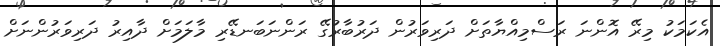
އެކަަމަކު މިރޭ އޮންނަ ރަސްމިއްޔާތަށް ދަރިވަރުން ދަރުބާރުގޭ ރަންނަބަނޑޭރި މާލަމަށް ދާއިރު ދަރިވަރުންނަށް